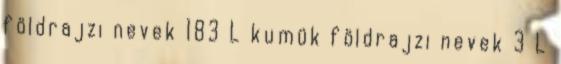
földrajzi nevek‎ 183 L kumük földrajzi nevek‎ 3 L